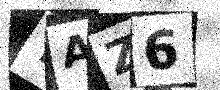
Text: TAZ6